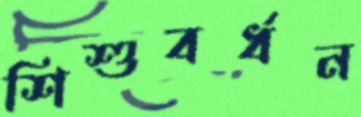
শিশুবর্ধন